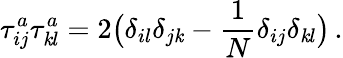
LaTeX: \tau_{ij}^{a}\tau_{\mathit{k}l}^{a}=2\big(\delta_{il}\delta_{j\mathit{k}}-\frac{{1}}{{N}}\delta_{ij}\delta_{\mathit{k}l}\big)\, .